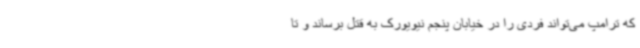
که ترامپ می‌تواند فردی را در خیابان پنجم نیویورک به قتل برساند و تا